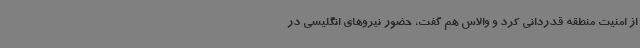
از امنیت منطقه قدردانی کرد و والاس هم گفت، حضور نیروهای انگلیسی در